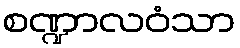
စဏ္ဍာလဝံသာ